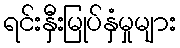
ရင်းနှီးမြုပ်နှံမှုများ